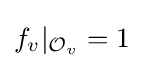
f_{v}|_{{\mathcal {O}}_{v}}=1